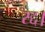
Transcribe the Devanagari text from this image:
रद्द।